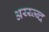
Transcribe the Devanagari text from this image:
अय्य्ज्ब्द